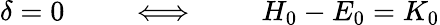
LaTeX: \delta=0\qquad\iff\qquad H_{0}-E_{0}=K_{0}